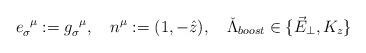
LaTeX: \begin{align*}e_{\sigma}^{\;\;\mu}:=g_{\sigma}^{\;\;\mu}, \quad n^{\mu}:=(1,-\hat{z}),\quad \check{\Lambda}_{boost}\in \{\vec{E}_{\perp},K_z\}\end{align*}